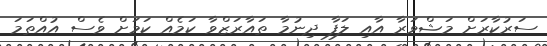
ސަރުކާރަށް މަޝްވަރާ އާއި ލަފާ ދިނުމާ ތައާރަޒްވާ ކަމެއް ކަމަށް ވެސް އުއްތަމަ